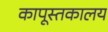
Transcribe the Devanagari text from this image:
कापूस्तकालय